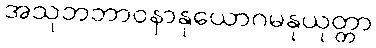
အသုဘဘာဝနာနုယောဂမနုယုတ္တာ